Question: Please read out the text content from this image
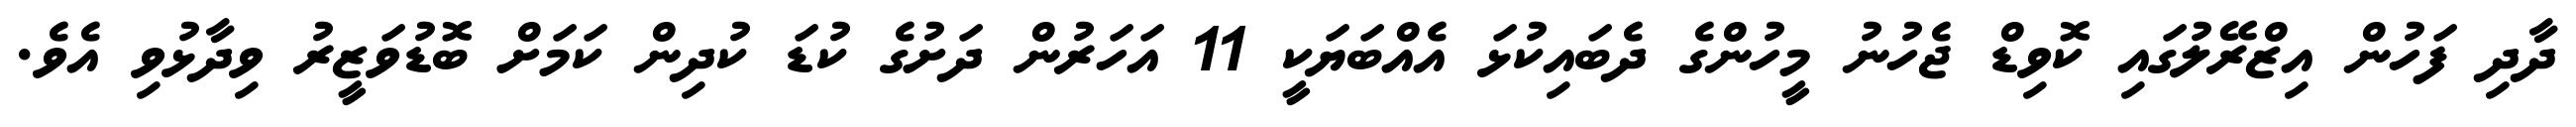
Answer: ދާދި ފަހުން އިޒްރޭލުގައި ކޮވިޑް ޖެހުނު މީހުންގެ ދެބައިކުޅަ އެއްބަޔަކީ 11 އަހަރުން ދަށުގެ ކުޑަ ކުދިން ކަމަށް ބޮޑުވަޒީރު ވިދާޅުވި އެވެ.